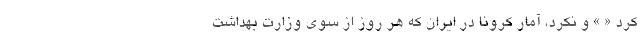
کرد « » و نکرد، آمار کرونا در ایران که هر روز از سوی وزارت بهداشت